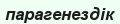
парагенездік